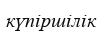
күпіршілік